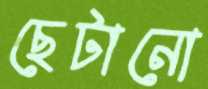
ছেটানো